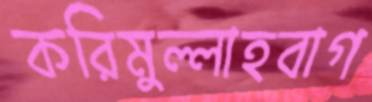
করিমুল্লাহবাগ